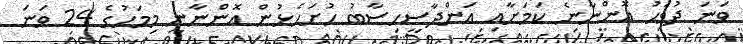
ވަނަ ދުވަހު އޮންނާނެ ކަމަށާއި އަންދާސީހިސާބު ހުށަހެޅުން އޮންނާނީ މިމަހުގެ 24 ވަނަ